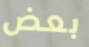
بعض